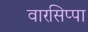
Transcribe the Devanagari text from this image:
वारसिप्पा